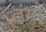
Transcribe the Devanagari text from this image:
ढंगो